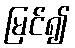
မြင်၍